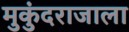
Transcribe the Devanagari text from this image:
मुकुंदराजाला